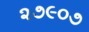
૨૭૯૦૭